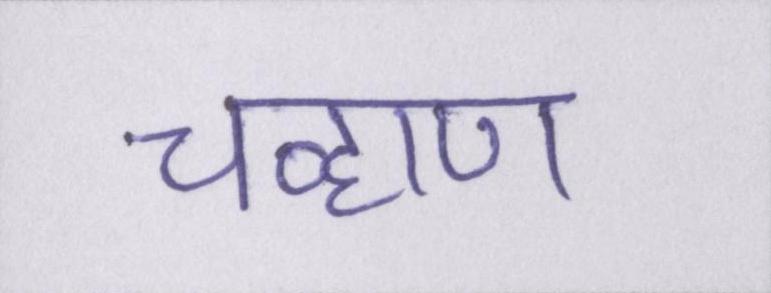
चव्हाण